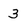
Character: 3